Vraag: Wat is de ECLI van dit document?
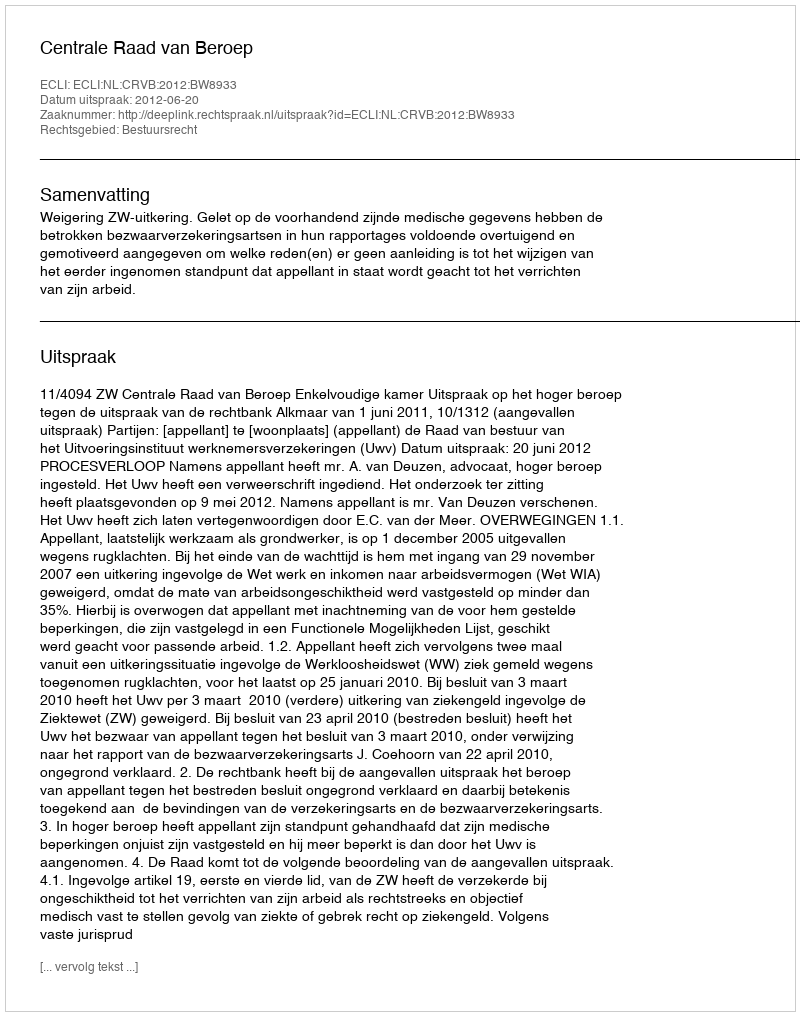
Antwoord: ECLI:NL:CRVB:2012:BW8933